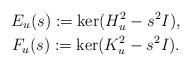
LaTeX: \begin{gather*} E_u(s):=\ker (H_u^2-s^2I), \\F_u(s):=\ker(K_u^2-s^2I).\end{gather*}